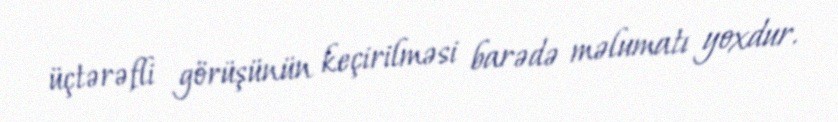
üçtərəfli görüşünün keçirilməsi barədə məlumatı yoxdur.